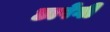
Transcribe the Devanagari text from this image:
छापेगी